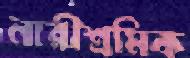
নারীশ্রমিক